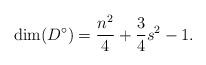
LaTeX: \begin{align*}\dim(D^\circ) = \frac{n^2}{4} + \frac{3}{4}s^2 -1.\end{align*}